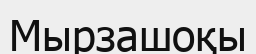
Мырзашоқы